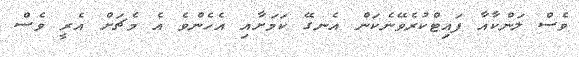
ވެސް ލަންކާއާ ފައިޓްކުރެވޭނެކަން އެނގޭ ކަމަށާއި އެހެންވެ އެ މެޗަށް އެރީ ވެސް